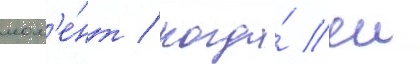
мом'е́нт / когда́ еи